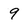
Character: 9